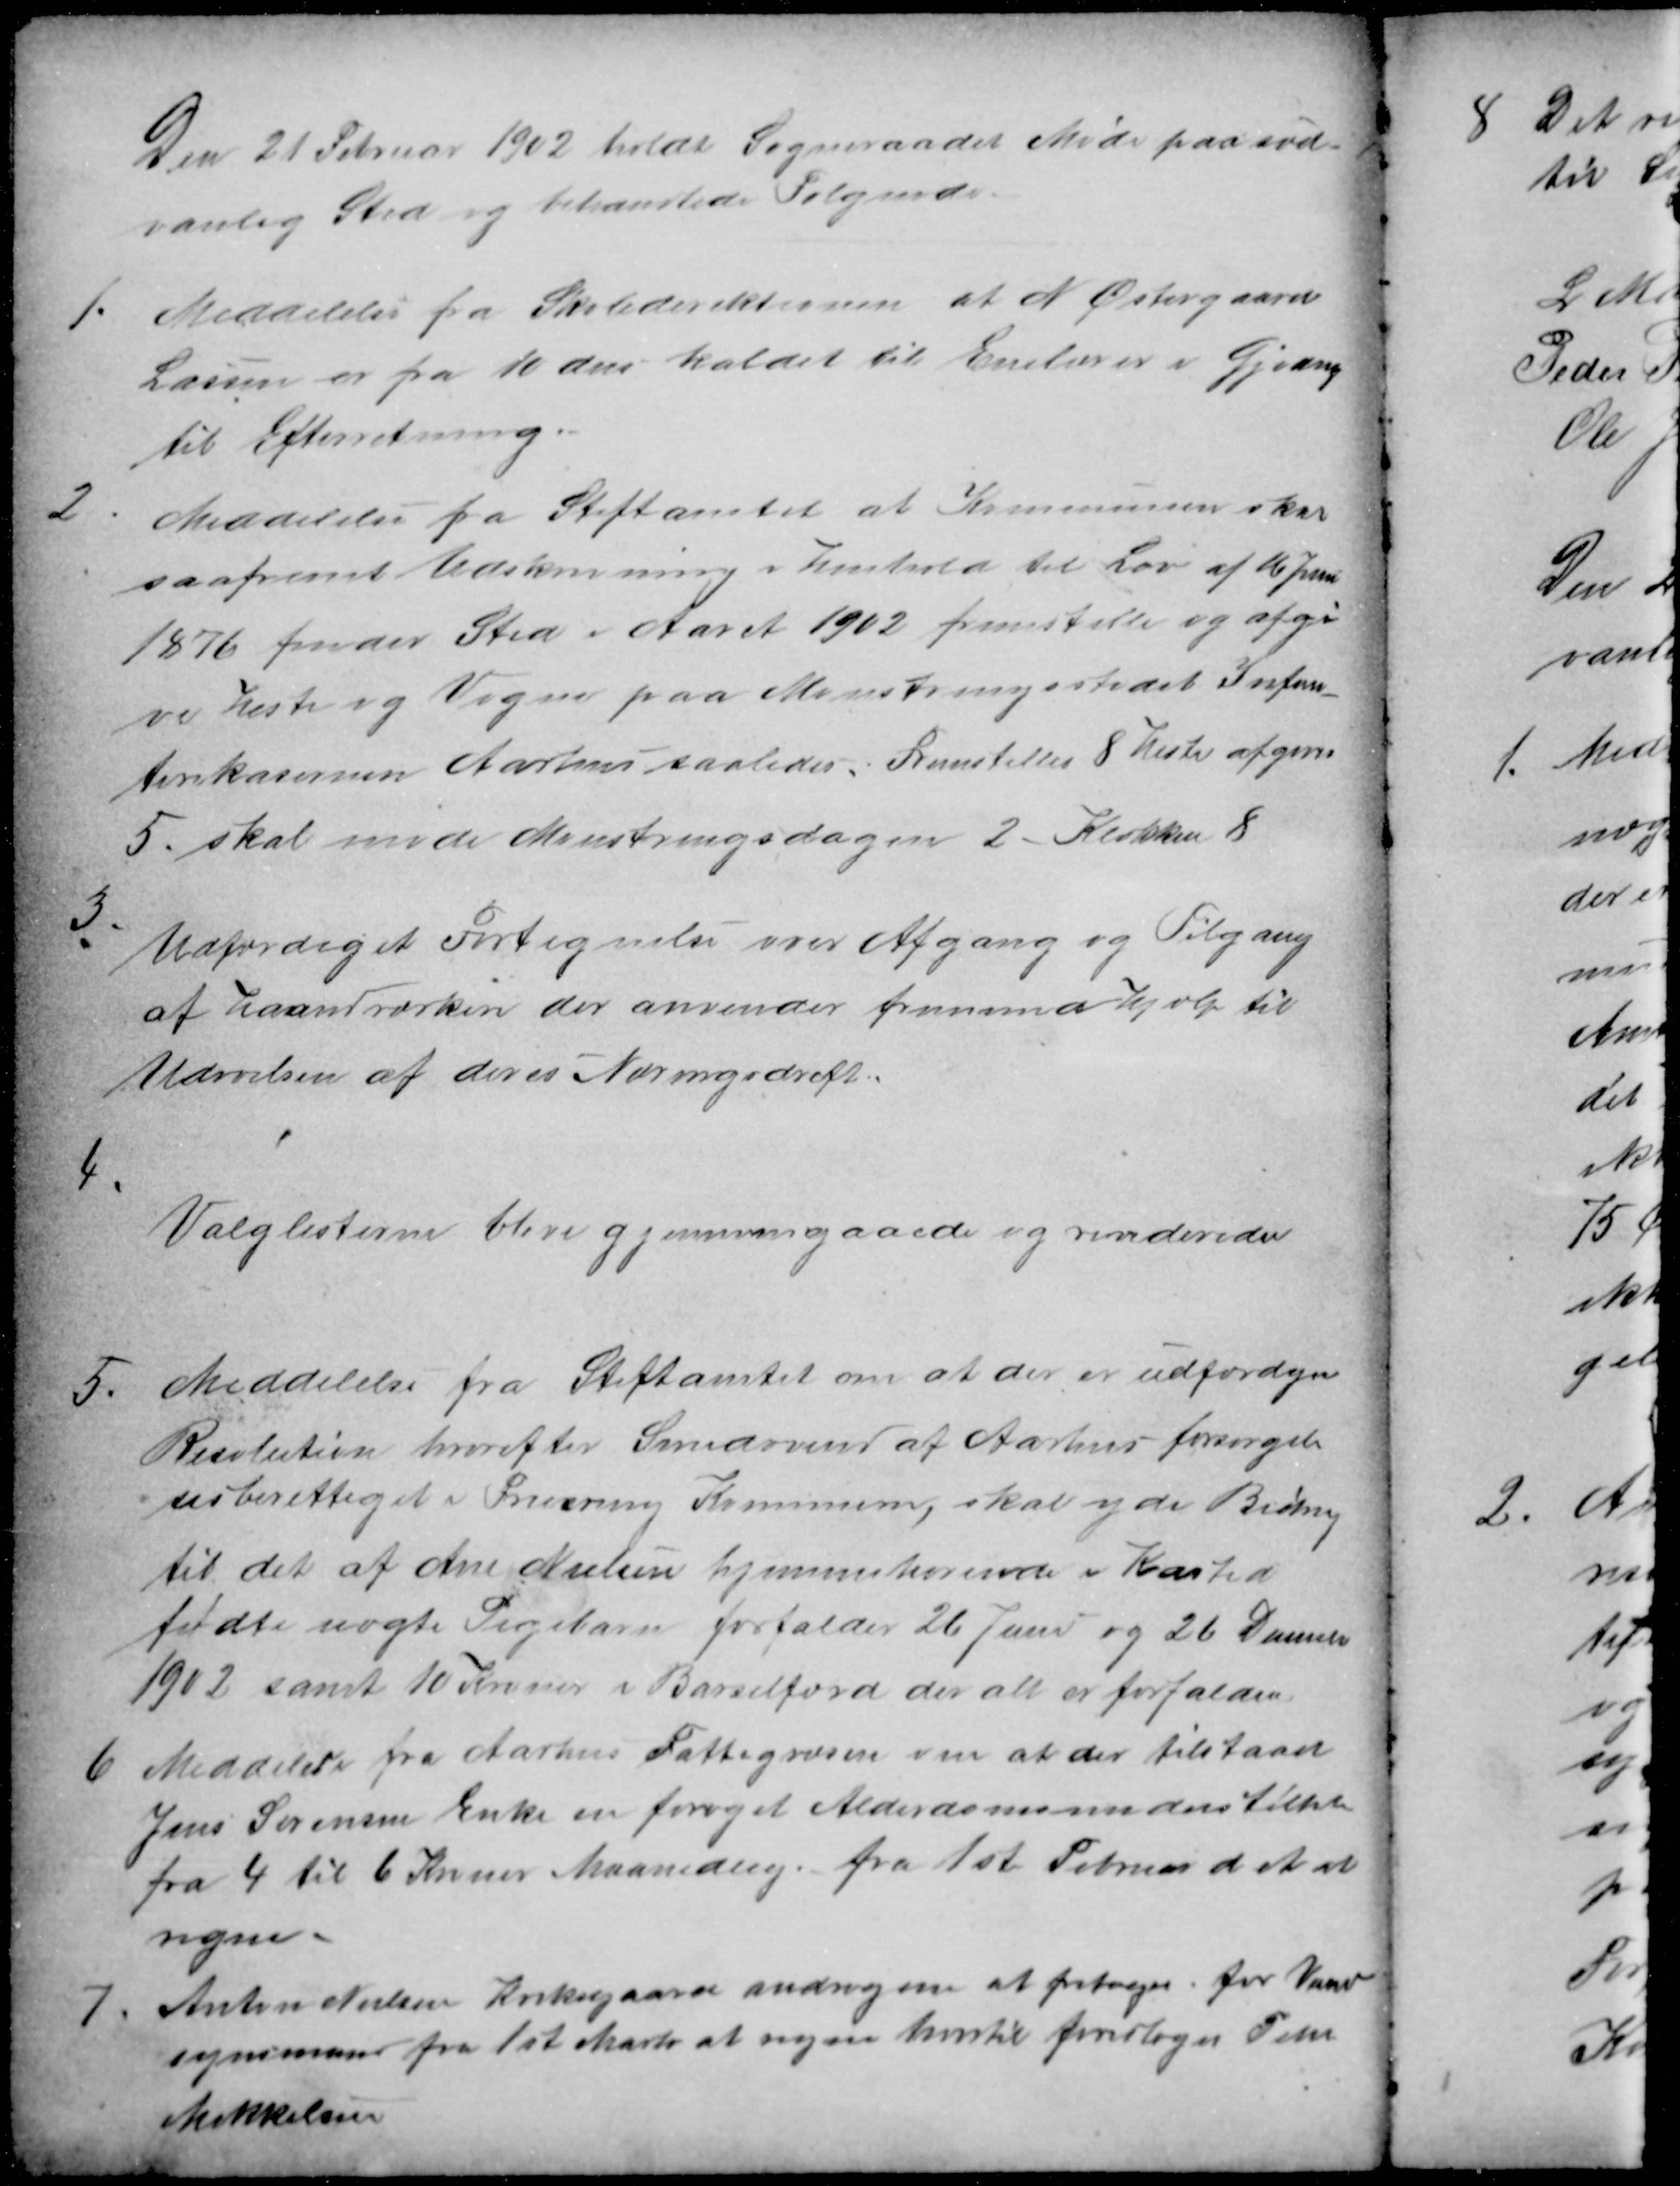
Transskription:
Den 21 Februar 1902 holdt Sogneraadet Møde paa sæd-
vanlig Sted og behandlede Følgende.
1.
Meddelelse fra Skoledirektionen at N Østergaard
Larsen er fra 10 den kaldet til Enelærer i Gjeding
til Efterretning.
2
Meddelelse fra Stiftamtet at Kommunen skal
saafremt Udskrivning i henhold til Lov af 16 Juni
1876 finder Sted i Aaret 1902 fremstille og afgi
ve Heste og Vogne paa Mønstringsstedet Infan-
terikasernen Aarhus saaledes. Fremstilles 8 Heste afgives
5. skal møde Mønstringsdagen 2- Klokken 8
3
Udfærdiget Fortegnelse over Afgang og Tilgang
af Haandværkere der anvender fremmed Hjælp til
Udøvelsen af deres Næringsdrift.
4
Valglisterne blive gjennemgaaede og revideredes
5.
Meddelelse fra Stiftamtet om at der er udfærdiget
Resolution hvorefter Smedsvend af Aarhus forsørgel-
sesberettiget i Fruering Kommune, skal yde Bidrag
til det af Ane Nielsen hjemmehørende i Kasted
fødte uægte Pigebarn forfalder 26 juni og 26 December
1902 samt 10 Kroner i Barselfærd der alt er forfalden
6
Meddelelse fra Aarhus Fattigvæsen om at der tilstaaet
Jens Sørensen Enke en forøget Alderdomsunderstøttelse
fra 4 til 6 Kroner Maanedlig fra 1ste Februar d A at
regne.
7
Anton Nielsen Kirkegaard androg om at fritages for Vand
synsmand fra 1st Marts at regne hvortil foreloges Peter
Mikkelsen